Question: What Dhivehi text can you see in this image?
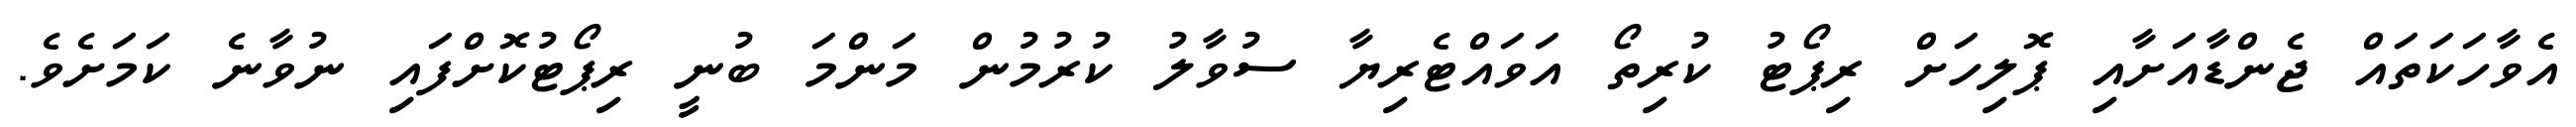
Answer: އެވާހަކަތައް ޖެންޑާއަށާއި ޕޮލިހަށް ރިޕޯޓު ކުރިތޯ އަވައްޓެރިޔާ ސުވާލު ކުރުމުން މަންމަ ބުނީ ރިޕޯޓުކޮށްފައި ނުވާނެ ކަމަށެވެ.